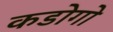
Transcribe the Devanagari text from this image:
कडोगो